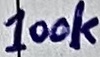
Text: 100k